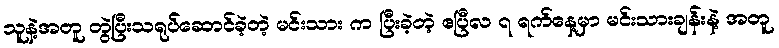
သူနဲ့အတူ တွဲပြီးသရုပ်ဆောင်ခဲ့တဲ့ မင်းသား က ပြီးခဲ့တဲ့ ဧပြီလ ၇ ရက်နေ့မှာ မင်းသားချန်းနဲ့ အတူ